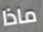
ماذا